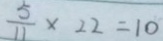
\frac { 5 } { 1 1 } \times 2 2 = 1 0